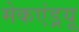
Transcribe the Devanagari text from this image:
मेकएंड्रयू